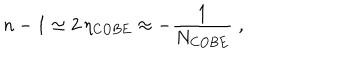
LaTeX: n - 1 \simeq 2 \, \eta _ { \mathrm { C O B E } } \approx - \frac { 1 } { N _ { \mathrm { C O B E } } } \; ,